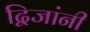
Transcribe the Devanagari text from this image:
द्विजांनी